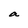
Character: a